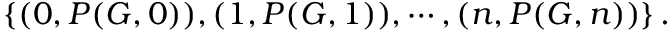
\left\{ ( 0 , P ( G , 0 ) ) , ( 1 , P ( G , 1 ) ) , \cdots , ( n , P ( G , n ) ) \right\} .